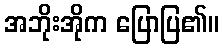
အဘိုးအိုက ပြောပြ၏။